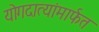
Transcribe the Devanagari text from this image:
योगदात्यांमार्फत